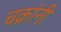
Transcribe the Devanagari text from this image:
चक्रांनी